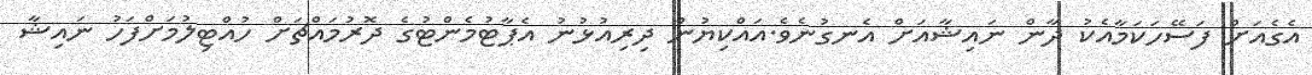
އެގެއަށް ފަސޭހަކަމާއެކު ދާން ނައިޝާއަށް އެނގުނެވެ.އައްކިޔުން ދިރިއުޅުނު އެޕާޓުމެންޓުގެ ދޮރުމައްޗަށް ހުއްޓިލުމަށްފަހު ނައިޝާ